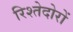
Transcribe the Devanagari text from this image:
रिश्तेदोरों